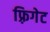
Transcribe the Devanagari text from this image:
फ़्रिगेट